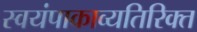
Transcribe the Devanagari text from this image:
स्वयंपाकाव्यतिरिक्त